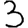
Digit: 3